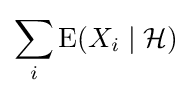
\sum _{i}\operatorname {E} (X_{i}\mid {\mathcal {H}})